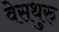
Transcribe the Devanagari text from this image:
वेसथुरु